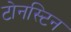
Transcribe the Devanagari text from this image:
टोनस्टिन